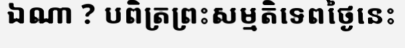
ឯណា ? បពិត្រព្រះសម្មតិទេពថ្ងៃនេះ